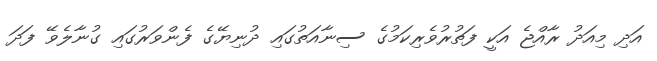
އަދި މިއަދު ރާއްޖެ އަކީ ފަތުރުވެރިކަމުގެ ސިނާއަތުގައި ދުނިޔޭގެ ފެންވަރުގައި ގުނާލެވޭ ފަދަ